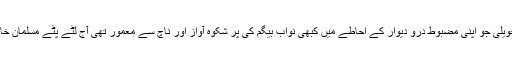
یہ وسیع و عریض حویلی جو اپنی مضبوط درو دیوار کے احاطے میں کبھی نواب بیگم کی پر شکوہ آواز اور ناچ سے معمور تھی آج لٹے پٹے مسلمان خاندانوں سے آباد تھی۔